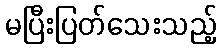
မပြီးပြတ်သေးသည့်